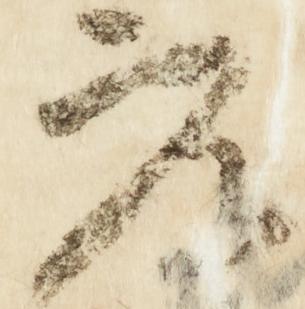
参